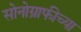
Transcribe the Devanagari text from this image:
सोनोग्राफीच्या